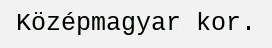
Középmagyar kor.